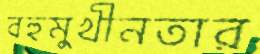
বহুমুখীনতার